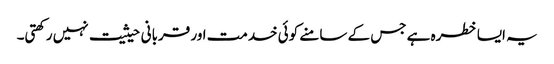
یہ ایسا خطرہ ہے جس کے سامنے کوئی خدمت اور قربانی حیثیت نہیں رکھتی۔